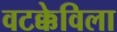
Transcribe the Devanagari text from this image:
वटक्केविला